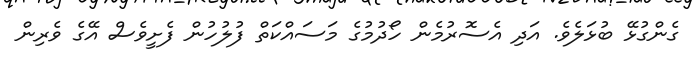
ގެންގުޅޭ ބުޅަލެވެ. އަދި އެސޮރުމެން ހޯދުމުގެ މަސައްކަތް ފުލުހުން ފެށީވެސް އޭގެ ވެރިން